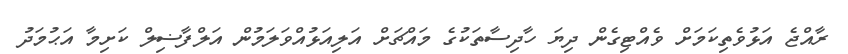
ރާއްޖެ އަޅުވެތިކަމަށް ވެއްޓިގެން ދިޔަ ހާދިސާތަކުގެ މައްޗަށް އަލިއަޅުއްވަލަމުން އަލްފާޟިލް ކަށިމާ އަޙުމަދު